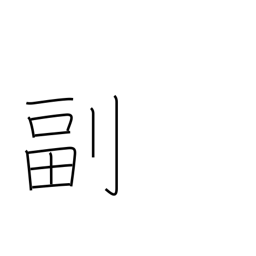
Meaning: duplicate